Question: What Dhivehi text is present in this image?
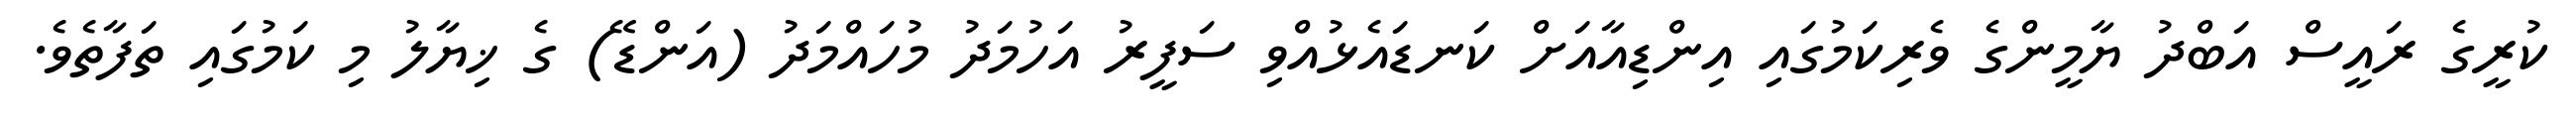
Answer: ކުރީގެ ރައީސް އަބްދު ޔާމީންގެ ވެރިކަމުގައި އިންޑިއާއަށް ކަނޑައެޅުއްވި ސަފީރު އަހުމަދު މުހައްމަދު (އަންޑޭ) ގެ ޚިޔާލު މި ކަމުގައި ތަފާތެވެ.